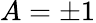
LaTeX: A=\pm 1